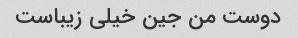
دوست من جین خیلی زیباست